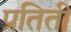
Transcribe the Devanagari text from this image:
प्रतिती